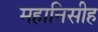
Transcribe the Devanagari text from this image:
महानिसीह